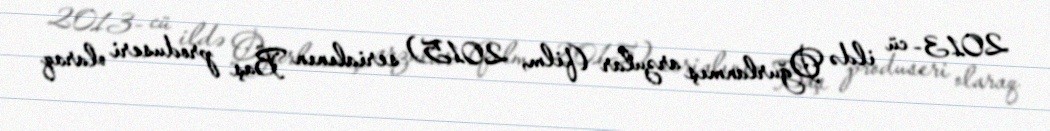
2013- cü ildə Oğurlanmış arzular (film, 2015) serialının Baş produseri olaraq